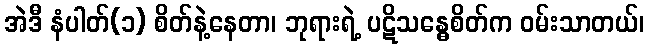
အဲဒီ နံပါတ်(၁) စိတ်နဲ့နေတာ၊ ဘုရားရဲ့ ပဋိသန္ဓေစိတ်က ဝမ်းသာတယ်၊